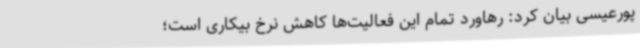
پورعیسی بیان کرد: رهاورد تمام این فعالیت‌ها کاهش نرخ بیکاری است؛